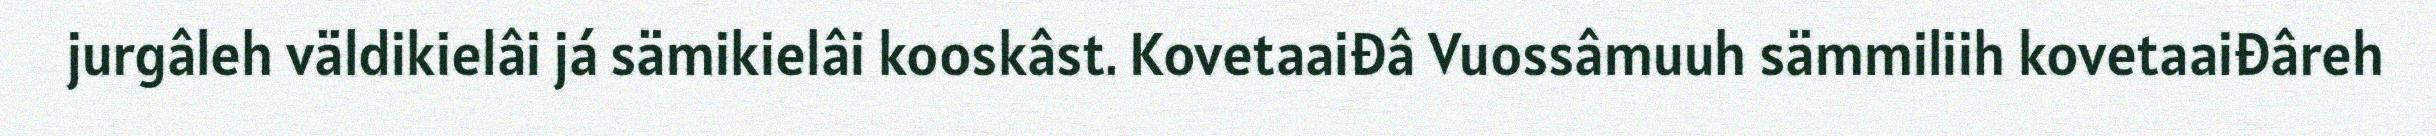
jurgâleh väldikielâi já sämikielâi kooskâst. Kovetaaiđâ Vuossâmuuh sämmiliih kovetaaiđâreh